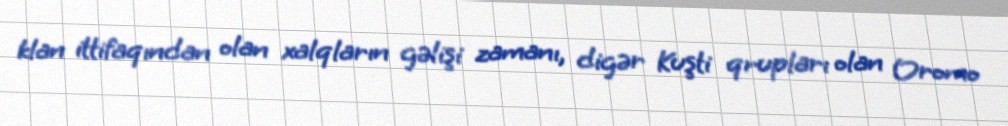
klan ittifaqından olan xalqların gəlişi zamanı, digər Kuşti qrupları olan Oromo